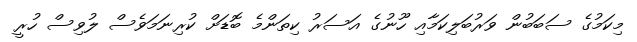
މިކަމުގެ ސަބަބުން ވަރުބަލިކަމާއި ހޫނުގެ އަސަރު ކިތަންމެ ބޮޑަށް ކުރިނަމަވެސް ލުވިސް ހުރީ